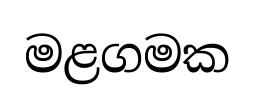
මළගමක